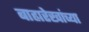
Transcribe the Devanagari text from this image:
बाह्यरेखांच्या